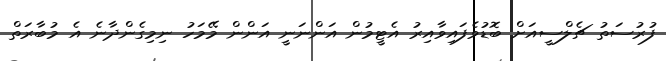
ފުރުސަތު ޗެލްސީއަށް ބޮޑުވެފައިވާއިރު އެޓީމުން އަންނަނީ އަންން މޭމަހު ނިމިގެންދާނެ އެ މުބާރަތް